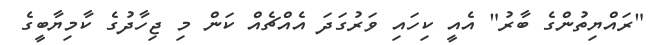
"ރައްޔިތުންގެ ބާރު" އެއީ ކިހައި ވަރުގަދަ އެއްޗެއް ކަން މި ޖިހާދުގެ ކާމިޔާބީގެ